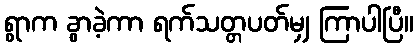
ရွာက ခွာခဲ့ကာ ရက်သတ္တပတ်မျှ ကြာပါပြီ။